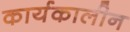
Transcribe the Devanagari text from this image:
कार्यकालीन